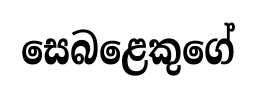
සෙබළෙකුගේ